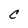
Character: C